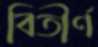
বিতীর্ণ